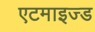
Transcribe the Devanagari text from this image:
एटमाइज्ड